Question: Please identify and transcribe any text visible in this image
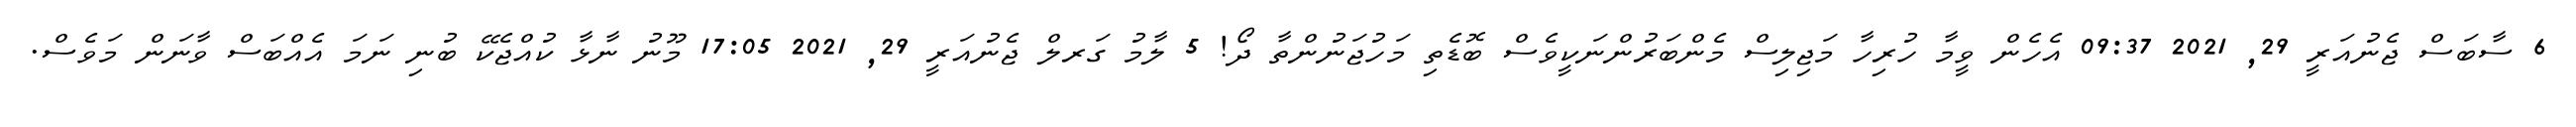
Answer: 6 ސާބަސް ޖެނުއަރީ 29, 2021 09:37 އެހެން ވީމާ ހުރިހާ މަޖިލިސް މެންބަރުންނަކީވެސް ބޮޑެތި މަހުޖަނުންތާ ދޯ! 5 ލާމު ގަރލް ޖެނުއަރީ 29, 2021 17:05 މޫނު ނާޅާ ކުއްޖެކޭ ބުނި ނަމަ އެއްބަސް ވާނަން މަވެސް.